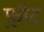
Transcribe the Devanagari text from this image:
फ़्रीट